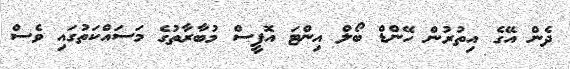
ދެން އޭގެ އިތުރުން ހޭންޑް ބޯލް އިންޓަ އޮފީސް މުބާރާތުގެ މަސައްކަތުގައި ވެސް